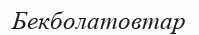
Бекболатовтар